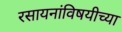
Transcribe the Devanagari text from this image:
रसायनांविषयीच्या